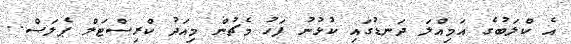
އެ ކްލަބުގެ އަމިއްލަ ދަނޑުގައި ކުޅުނު ފަހު މެޗުން މިއަދު ކްރިސްޓަލް ޕެލަސް..